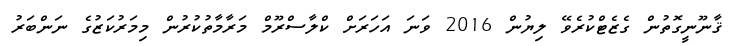
ޤާނޫނީގޮތުން ގެޒެޓްކުރެވޭ ލިޔުން 2016 ވަނަ އަހަރަށް ކްލާސްރޫމް މަރާމާތުކުރުން މިމަރުކަޒުގެ ނަންބަރު